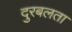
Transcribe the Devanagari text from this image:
दुरबलता